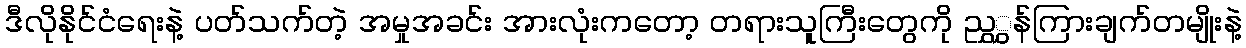
ဒီလိုနိုင်ငံရေးနဲ့ ပတ်သက်တဲ့ အမှုအခင်း အားလုံးကတော့ တရားသူကြီးတွေကို ညွှွှန်ကြားချက်တမျိုးနဲ့